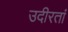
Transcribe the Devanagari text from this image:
उदीरतां